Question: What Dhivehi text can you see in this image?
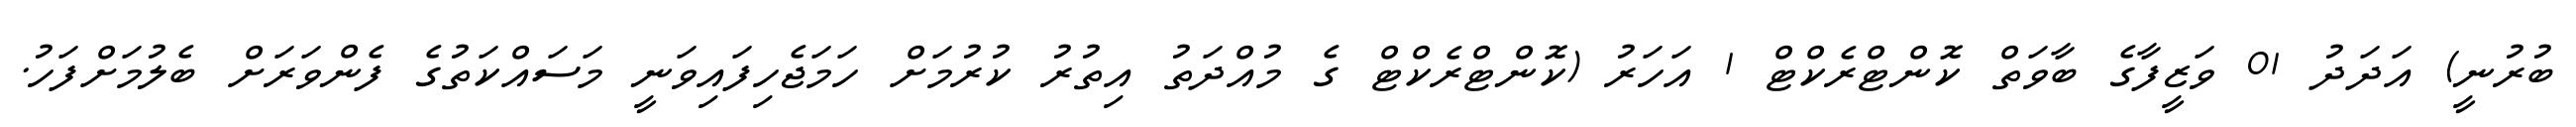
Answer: ބުރުނީ) އަދަދު 01 ވަޒީފާގެ ބާވަތް ކޮންޓްރެކްޓް 1 އަހަރު (ކޮންޓްރެކްޓް ގެ މުއްދަތު އިތުރު ކުރުމަށް ހަމަޖެހިފައިވަނީ މަސައްކަތުގެ ފެންވަރަށް ބެލުމަށްފަހު.